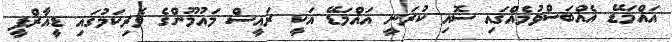
އައްމަޑޭ އެއްބަސްވުމެއްގައި ސޮއި ކުރަނީ އައްމަޑޭ އަކީ ރައީސް މައުމޫންގެ ވެރިކަމުގައި ޑީއާރްޕީ